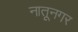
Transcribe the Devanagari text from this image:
नातूनगर